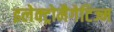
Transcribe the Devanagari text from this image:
इलेक्ट्रोमैगेटिज्म